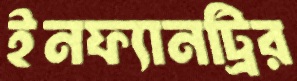
ইনফ্যানট্রির